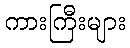
ကားကြီးများ